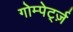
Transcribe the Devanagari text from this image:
गोम्पेर्ट्ज़